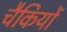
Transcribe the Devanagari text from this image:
चैकियों